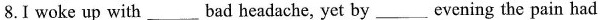
8.I woke up with___ bad headache, yet by___evening the pain had